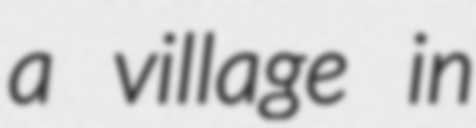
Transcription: a village in